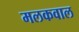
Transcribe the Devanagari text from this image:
मलकवाल